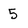
Character: 5